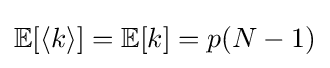
\mathbb {E} [\langle k\rangle ]=\mathbb {E} [k]=p(N-1)